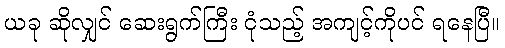
ယခု ဆိုလျှင် ဆေးရွက်ကြီး ငုံသည့် အကျင့်ကိုပင် ရနေပြီ။